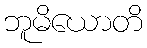
ဘူမိယောတိ